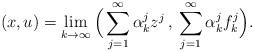
LaTeX: \begin{align*}(x,u)=\lim_{k\to\infty} \Big( \sum_{j=1}^\infty \alpha_k^j z^j\,,\: \sum_{j=1}^\infty \alpha_k^j f_k^j \Big).\end{align*}